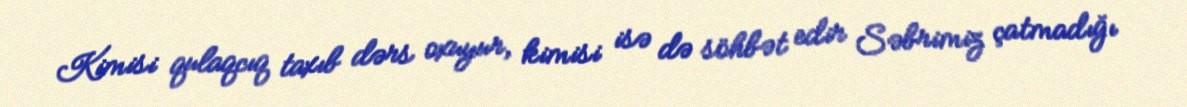
Kimisi qulaqcıq taxıb dərs oxuyur, kimisi isə də söhbət edir Səbrimiz çatmadığı